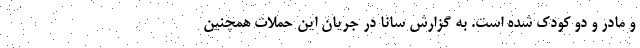
و مادر و دو کودک شده است. به گزارش سانا در جریان این حملات همچنین